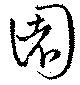
園